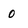
Character: 0